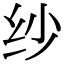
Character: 纱